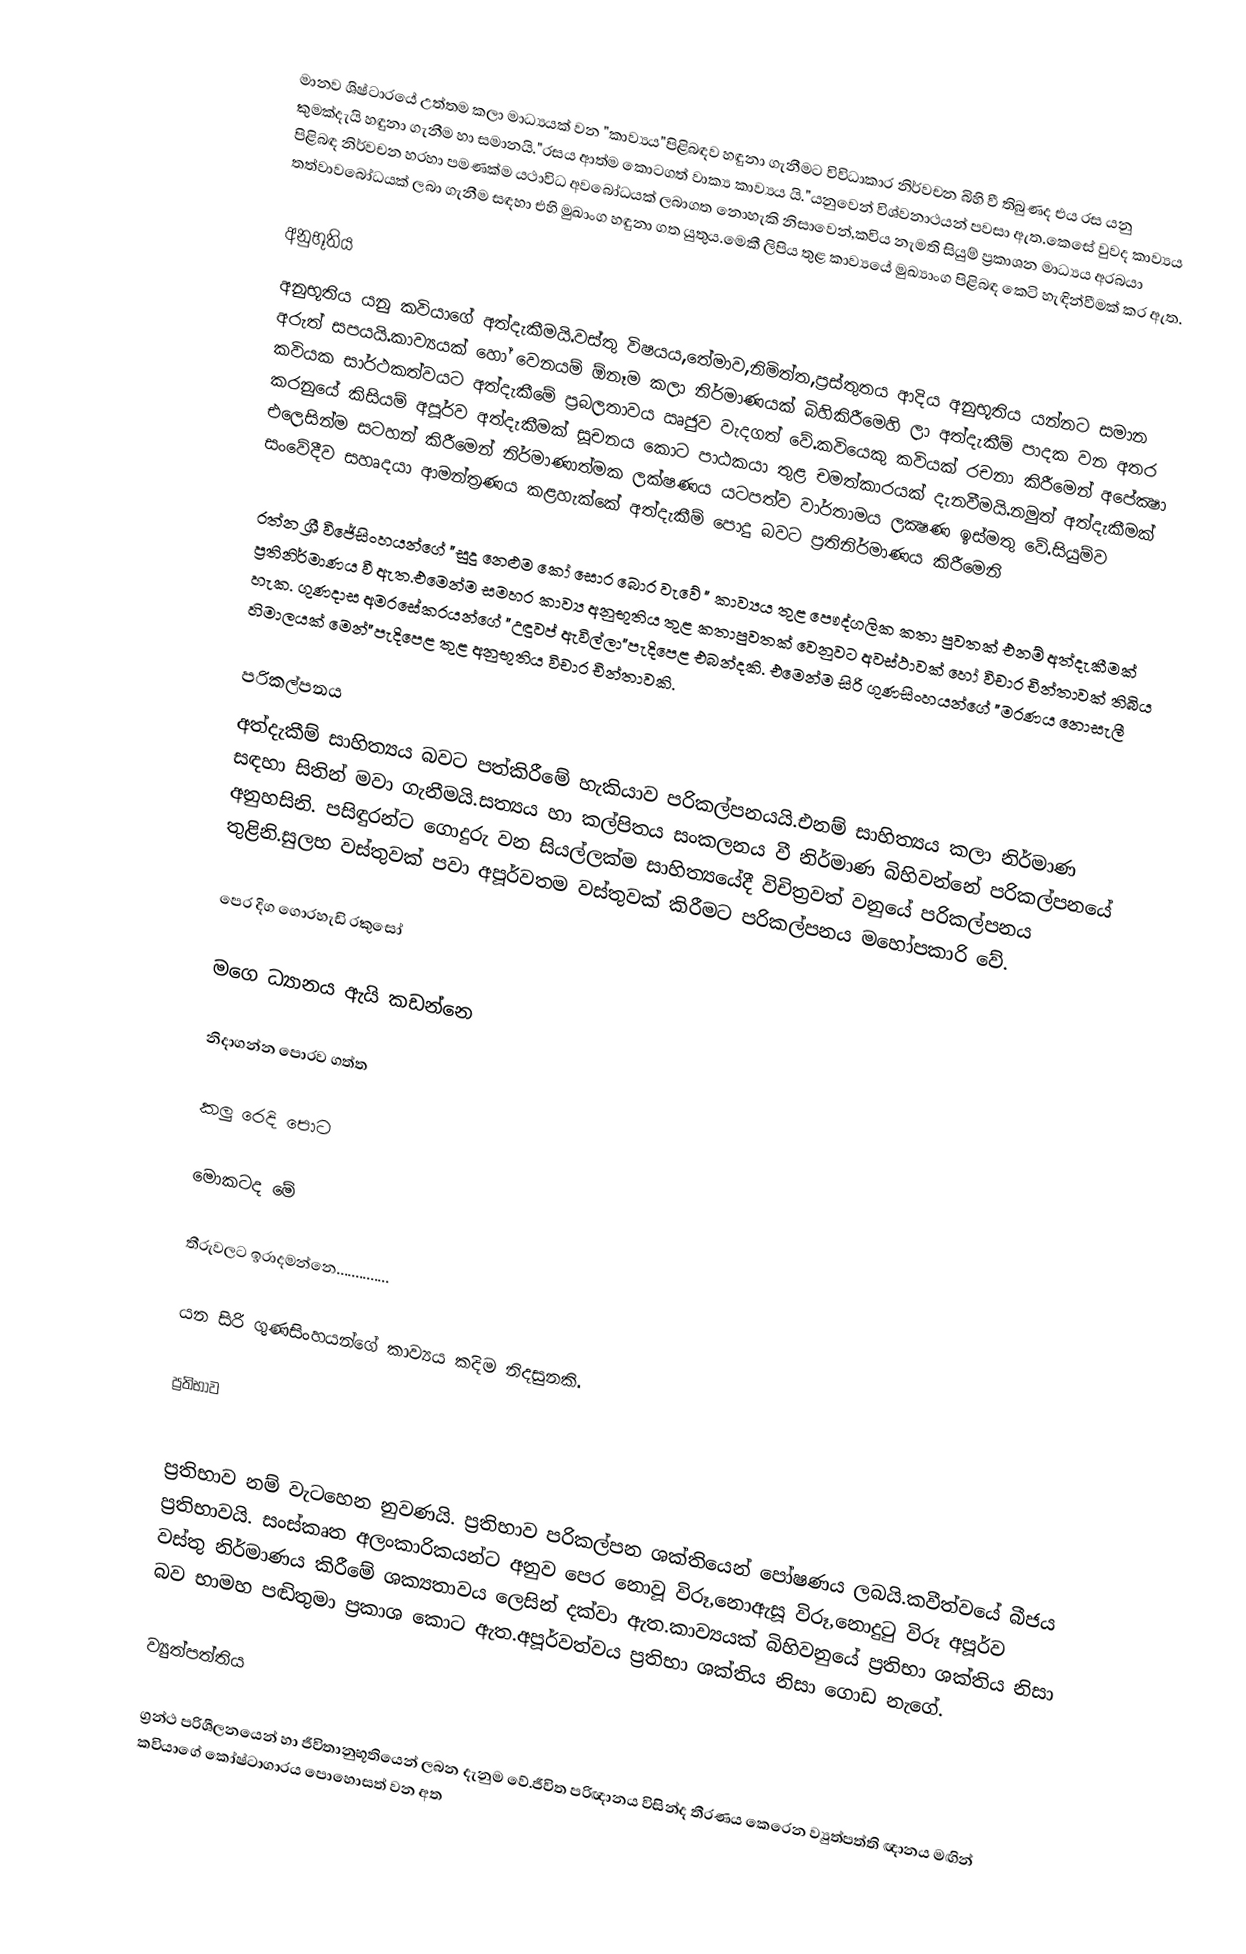
මානව ශිෂ්ටාරයේ උත්තම කලා මාධ්‍යයක් වන "කාව්‍යය"පිළිබඳව හඳුනා ගැනීමට විවිධාකාර නිර්වචන බිහි වී තිබුණද එය රස යනු කුමක්දැයි හඳුනා ගැනීම හා සමානයි."රසය ආත්ම කොටගත් වාක්‍ය කාව්‍යය යි."යනුවෙන් විශ්වනාථයන් පවසා ඇත.කෙසේ වුවද කාව්‍යය පිළිබඳ නිර්වචන හරහා පමණක්ම යථාවිධ අවබෝධයක් ලබාගත නොහැකි නිසාවෙන්,කවිය නැමති සියුම් ප්‍රකාශන මාධ්‍යය අරබයා තත්වාවබෝධයක් ලබා ගැනීම සඳහා එහි මුඛාංග හඳුනා ගත යුතුය.මෙකී ලිපිය තුළ කාව්‍යයේ මුඛ්‍යාංග පිළිබඳ කෙටි හැඳින්වීමක් කර ඇත.

අනුභූතිය
අනුභූතිය යනු කවියාගේ අත්දැකීමයි.වස්තු විෂයය,තේමාව,නිමිත්ත,ප්‍රස්තුතය ආදිය අනුභූතිය යන්නට සමාන අරුත් සපයයි.කාව්‍යයක් හෝ වෙනයම් ඕනෑම කලා නිර්මාණයක් බිහිකිරීමෙහි ලා අත්දැකීම් පාදක වන අතර කවියක සාර්ථකත්වයට අත්දැකීමේ ප්‍රබලතාවය ඍජුව වැදගත් වේ.කවියෙකු කවියක් රචනා කිරීමෙන් අපේක්‍ෂා කරනුයේ කිසියම් අපූර්ව අත්දැකීමක් සූචනය කොට පාඨකයා තුළ චමත්කාරයක් දැනවීමයි.නමුත් අත්දැකීමක් එලෙසින්ම සටහන් කිරීමෙන් නිර්මාණාත්මක ලක්ෂණය යටපත්ව වාර්තාමය ලක්‍ෂණ ඉස්මතු වේ.සියුම්ව සංවේදීව සහෘදයා ආමන්ත්‍රණය කළහැක්කේ අත්දැකීම් පොදු බවට ප්‍රතිනිර්මාණය කිරීමෙනි

රත්න ශ්‍රී විජේසිංහයන්ගේ "සුදු නෙළුම කෝ සොර බොර වැවේ " කාව්‍යය තුළ පෞද්ගලික කතා පුවතක් එනම් අත්දැකීමක් ප්‍රතිනිර්මාණය වී ඇත.එමෙන්ම සමහර කාව්‍ය අනුභූතිය තුළ කතාපුවතක් වෙනුවට අවස්ථාවක් හෝ විචාර චින්තාවක් තිබිය හැක. ගුණදාස අමරසේකරයන්ගේ "උඳුවප් ඇවිල්ලා"පැදිපෙළ එබන්දකි. එමෙන්ම සිරි ගුණසිංහයන්ගේ "මරණය නොසැලී හිමාලයක් මෙන්"පැදිපෙළ තුළ අනුභූතිය විචාර චින්තාවකි.

පරිකල්පනය
අත්දැකීම් සාහිත්‍යය  බවට පත්කිරීමේ හැකියාව පරිකල්පනයයි.එනම් සාහිත්‍යය කලා නිර්මාණ සඳහා සිතින් මවා ගැනීමයි.සත්‍යය හා කල්පිතය සංකලනය වී නිර්මාණ බිහිවන්නේ පරිකල්පනයේ අනුහසිනි. පසිඳුරන්ට ගොදුරු වන සියල්ලක්ම සාහිත්‍යයේදී විචිත්‍රවත් වනුයේ පරිකල්පනය තුළිනි.සුලභ වස්තුවක් පවා අපූර්වතම වස්තුවක් කිරීමට පරිකල්පනය මහෝපකාරි වේ.

පෙර දිග ගොරහැඩි රකුසෝ

මගෙ ධ්‍යානය ඇයි කඩන්නෙ

නිදාගන්න පොරව ගත්ත

කලු රෙදි පොට

මොකටද මේ

තීරුවලට ඉරාදමන්නෙ..............

යන සිරි ගුණසිංහයන්ගේ කාව්‍යය කදිම නිදසුනකි.

ප්‍රතිභාව

ප්‍රතිභාව නම් වැටහෙන නුවණයි. ප්‍රතිභාව පරිකල්පන ශක්තියෙන් පෝෂණය ලබයි.කවීත්වයේ බීජය ප්‍රතිභාවයි. සංස්කෘත අලංකාරිකයන්ට අනුව පෙර නොවූ විරූ,නොඇසූ විරූ,නොදුටු විරූ අපූර්ව වස්තු නිර්මාණය කිරීමේ ශක්‍යතාවය ලෙසින් දක්වා ඇත.කාව්‍යයක් බිහිවනුයේ ප්‍රතිභා ශක්තිය නිසා බව භාමහ පඬිතුමා ප්‍රකාශ කොට ඇත.අපූර්වත්වය ප්‍රතිභා ශක්තිය නිසා ගොඩ නැගේ.

ව්‍යුත්පත්තිය

ග්‍රන්ථ පරිශීලනයෙන් හා ජීවිතානුභූතියෙන් ලබන දැනුම වේ.ජීවිත පරිඥානය විසින්ද තීරණය කෙරෙන ව්‍යුත්පත්ති ඥානය මඟින් කවියාගේ කෝෂ්ටාගාරය පොහොසත් වන අත